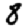
Digit: 8